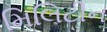
મિલિટીન